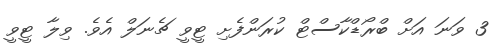
3 ވަނަ އަށް ބްރޯޑްކާސްޓް ކުރަންފެށި ޓީވީ ޗެނަލް އެވެ. ވިލާ ޓީވީ